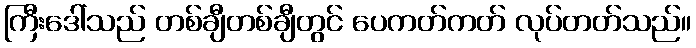
ကြီးဒေါ်သည် တစ်ချီတစ်ချီတွင် ပေကတ်ကတ် လုပ်တတ်သည်။